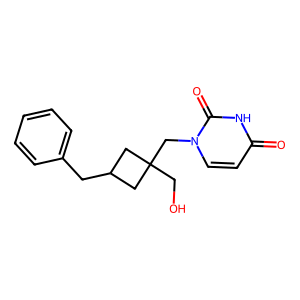
SMILES: O=c1ccn(CC2(CO)CC(Cc3ccccc3)C2)c(=O)[nH]1
Inhibits HIV replication: No